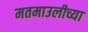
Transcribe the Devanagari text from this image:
मतमाउलीच्या